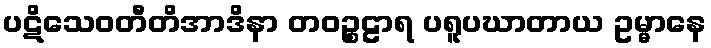
ပဋိသေဝတီတိအာဒိနာ တဝဉ္စဠာရ ပရူပဃာတာယ ဥမ္မာနေ